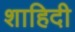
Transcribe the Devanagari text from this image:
शाहिदी